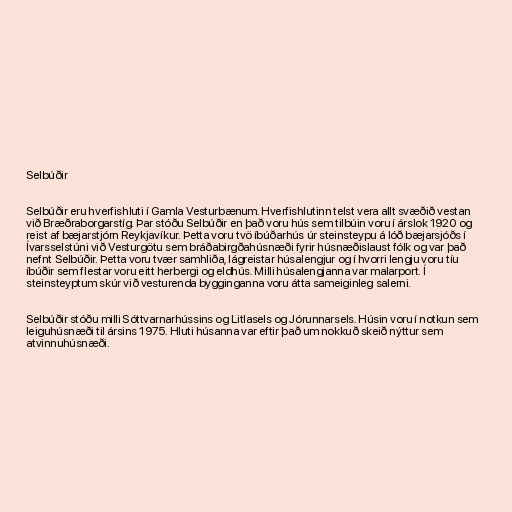
Selbúðir

Selbúðir eru hverfishluti í Gamla Vesturbænum. Hverfishlutinn telst vera allt svæðið vestan
við Bræðraborgarstíg. Þar stóðu Selbúðir en það voru hús sem tilbúin voru í árslok 1920 og
reist af bæjarstjórn Reykjavíkur. Þetta voru tvö íbúðarhús úr steinsteypu á lóð bæjarsjóðs í
Ívarsselstúni við Vesturgötu sem bráðabirgðahúsnæði fyrir húsnæðislaust fólk og var það
nefnt Selbúðir. Þetta voru tvær samhliða, lágreistar húsalengjur og í hvorri lengju voru tíu
íbúðir sem flestar voru eitt herbergi og eldhús. Milli húsalengjanna var malarport. Í
steinsteyptum skúr við vesturenda bygginganna voru átta sameiginleg salerni.

Selbúðir stóðu milli Sóttvarnarhússins og Litlasels og Jórunnarsels. Húsin voru í notkun sem
leiguhúsnæði til ársins 1975. Hluti húsanna var eftir það um nokkuð skeið nýttur sem
atvinnuhúsnæði.